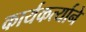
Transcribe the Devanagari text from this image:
कार्यकर्त्याने